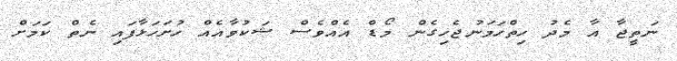
ނަތީޖާ އާ މެދު ހިތްހަމަނުޖެހިގެން މޯޑް އެއްވެސް ޝަކުވާއެއް ހުށަހަޅާފައި ނެތް ކަމަށް